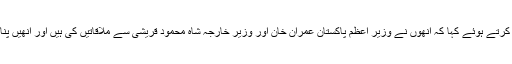
فلیلیپو گرینڈی نے صحافیوں سے بات چیت کرتے ہوئے کہا کہ انھوں نے وزیر اعظم پاکستان عمران خان اور وزیر خارجہ شاہ محمود قریشی سے ملاقاتیں کی ہیں اور انھیں پناہ گزینوں کو درپیش مسائل سے آگاہ کیا ہے۔